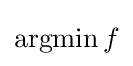
{\operatorname {argmin} }\,f